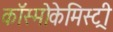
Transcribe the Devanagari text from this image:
कॉस्मोकेमिस्ट्री